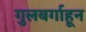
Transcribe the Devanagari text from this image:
गुलबर्गाहून